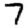
Digit: 7